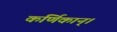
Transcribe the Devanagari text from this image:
कर्णिकान्‌।